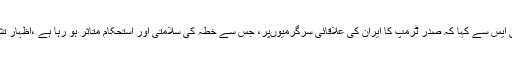
داروچ نے سی بی ایس سے کہا کہ صدر ٹرمپ کا ایران کی علاقائی سرگرمیوںپر، جس سے خطہ کی سلامتی اور استحکام متاثر ہو رہا ہے ،اظہار تشویش درست ہے۔